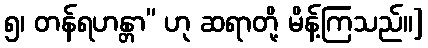
၅၊ တန်ရဟန္တာ” ဟု ဆရာတို့ မိန့်ကြသည်။]